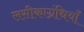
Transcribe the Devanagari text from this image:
लसीकाग्रंथियाँ